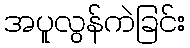
အပူလွန်ကဲခြင်း